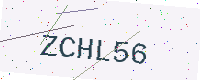
Text: ZCHL56